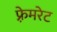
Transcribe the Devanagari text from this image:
फ़्रेमरेट